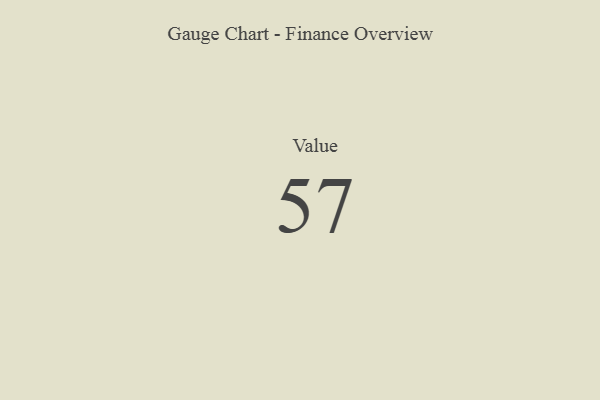
{"axis": {"x": "Metric", "y": "Value"}, "legend": [""], "data": [{"x": "Value", "y": 57, "type": ""}]}